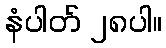
နံပါတ် ၂၈ပါ။